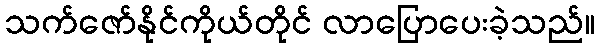
သက်ဇော်နိုင်ကိုယ်တိုင် လာပြောပေးခဲ့သည်။